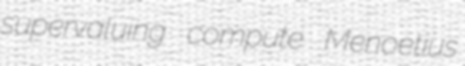
supervaluing compute Menoetius